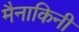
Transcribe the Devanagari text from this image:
मैनाकिनी